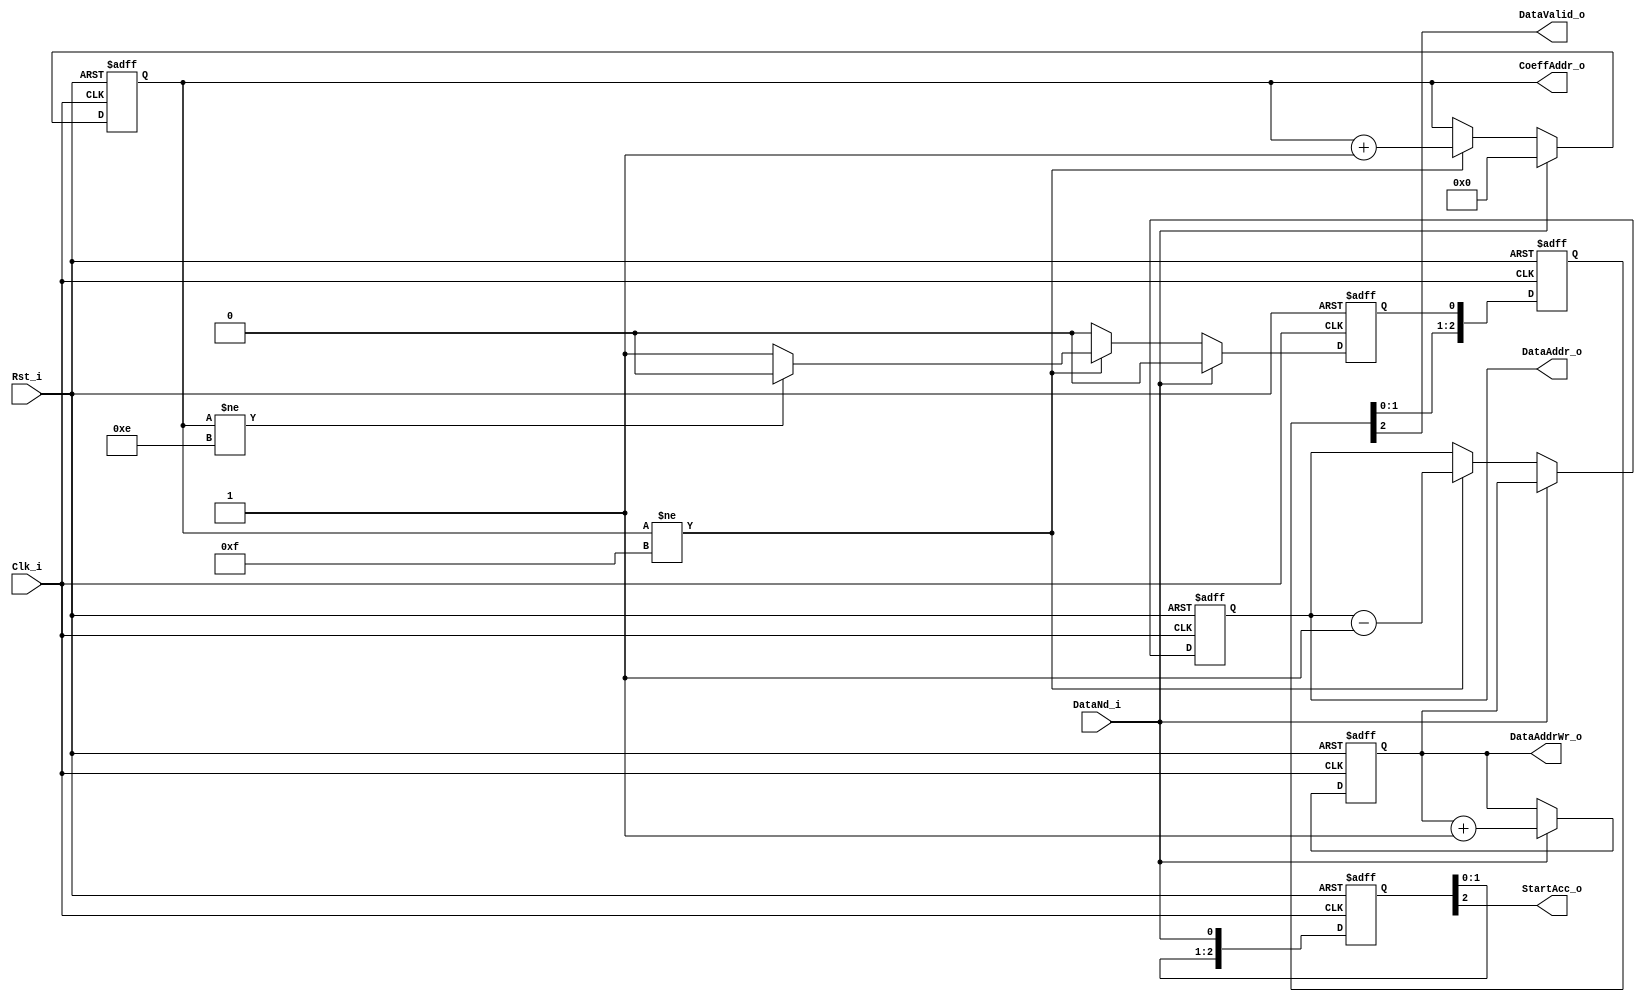
module ctrlBlock(
	input Rst_i,
	input Clk_i,
	
	input DataNd_i,
	
	output [3:0] DataAddrWr_o,
	output [3:0] DataAddr_o,
	output [3:0] CoeffAddr_o,
	output StartAcc_o,
	
	output DataValid_o
);

	reg [3:0] addrWr;
	reg [3:0] dataAddr;
	reg [3:0] coeffAddr;
	reg rdy;
	always @ (posedge Clk_i or posedge Rst_i)
		if (Rst_i)
			begin
				addrWr <= 0;
				dataAddr <= 0;
				coeffAddr <= 0;
				rdy <= 0;
			end
		else if (DataNd_i)
			begin
				addrWr <= addrWr + 1;
				dataAddr <= addrWr;
				coeffAddr <= 0;
				rdy <= 0;
			end
		else if (coeffAddr != 15)
			begin
				dataAddr <= dataAddr - 1;
				coeffAddr <= coeffAddr + 1;
				if (coeffAddr != 14)
					rdy <= 0;
				else
					rdy <= 1;
			end
		else
			rdy <= 0;
			
	reg [3:0] rdyShReg;
	always @ (posedge Rst_i or posedge Clk_i)
		if (Rst_i)
			rdyShReg <= 0;
		else
			rdyShReg <= {rdyShReg[2:0], rdy};
			
	reg [2:0] startAccShReg;
	always @ (posedge Rst_i or posedge Clk_i)
		if (Rst_i)
			startAccShReg <= 0;
		else
			startAccShReg <= {startAccShReg[1:0], DataNd_i};
			
	assign DataAddrWr_o = addrWr;
	assign DataAddr_o = dataAddr;
	assign CoeffAddr_o = coeffAddr;
	assign StartAcc_o = startAccShReg[2];
			
	assign DataValid_o = rdyShReg[2];

endmodule